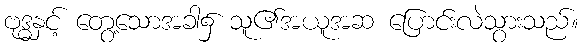
ဗုဒ္ဓနှင့် တွေ့သောအခါ၌ သူ၏အယူအဆ ပြောင်းလဲသွားသည်။